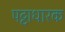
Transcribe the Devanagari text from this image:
पट्टाधारक